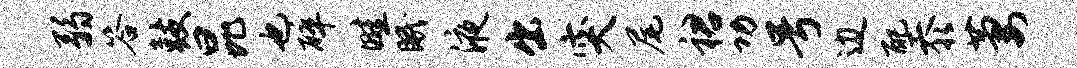
弱答鼓昆也碎畦眠液出突尾裙功号边配忝萋